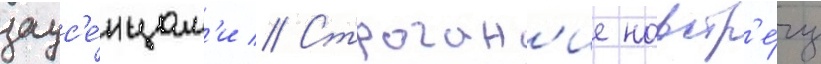
заус'е́нцам'и // Строган'ие навстр'е́чу